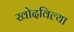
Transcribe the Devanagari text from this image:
खोदविल्या